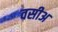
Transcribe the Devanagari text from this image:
वसीअ